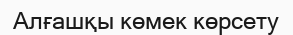
Алғашқы көмек көрсету